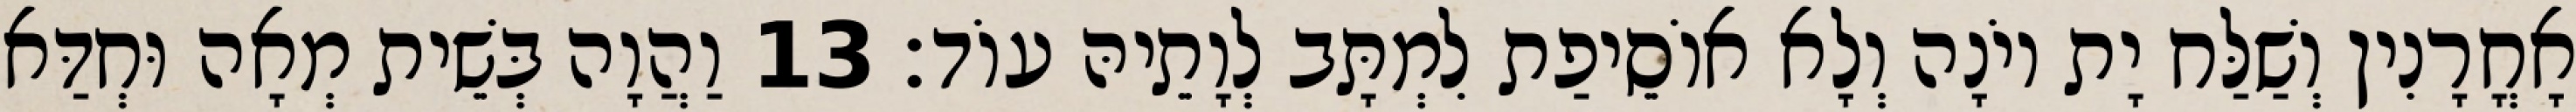
אָחֳרָנִין וְשַׁלַּח יָת יוֹנָה וְלָא אוֹסֵיפַת לִמְתָּב לְוָתֵיהּ עוֹד׃ 13 וַהֲוָה בְּשֵׁית מְאָה וּחְדַּא